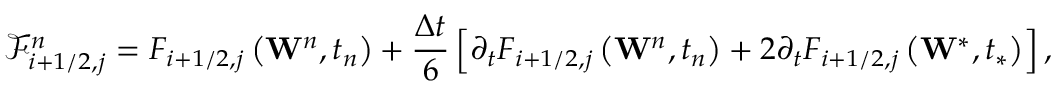
\mathcal { F } _ { i + 1 / 2 , j } ^ { n } = { { F } _ { i + 1 / 2 , j } } \left( { { \mathbf { W } } ^ { n } } , { { t } _ { n } } \right) + \frac { \Delta t } { 6 } \left[ { { \partial } _ { t } } { { F } _ { i + 1 / 2 , j } } \left( { { \mathbf { W } } ^ { n } } , { { t } _ { n } } \right) + 2 { { \partial } _ { t } } { { F } _ { i + 1 / 2 , j } } \left( { { \mathbf { W } } ^ { * } } , { { t } _ { * } } \right) \right] ,